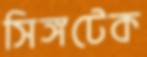
সিঙ্গটেক